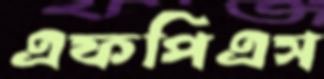
এফপিএস